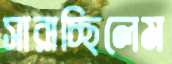
সারাচ্ছিলেম